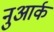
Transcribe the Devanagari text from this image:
नुआर्क